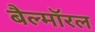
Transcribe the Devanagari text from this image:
बैल्मॉरल